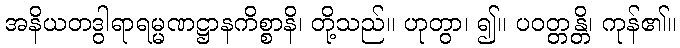
အနိယတဒွါရာရမ္မဏဋ္ဌာနကိစ္စာနိ၊ တို့သည်။ ဟုတွာ၊ ၍။ ပဝတ္တန္တိ၊ ကုန်၏။